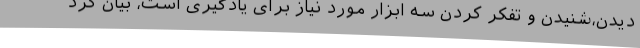
دیدن،شنیدن و تفکر کردن سه ابزار مورد نیاز برای یادگیری است، بیان کرد